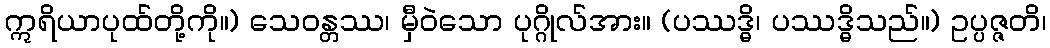
ဣရိယာပုထ်တို့ကို။) သေဝန္တဿ၊ မှီဝဲသော ပုဂ္ဂိုလ်အား။ (ပဿဒ္ဓိ၊ ပဿဒ္ဓိသည်။) ဥပ္ပဇ္ဇတိ၊